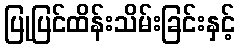
ပြုပြင်ထိန်းသိမ်းခြင်းနှင့်